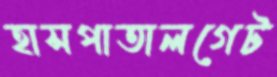
হাসপাতালগেট